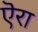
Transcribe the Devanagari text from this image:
ऎरा